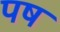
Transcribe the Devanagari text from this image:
पष